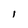
Character: 1